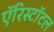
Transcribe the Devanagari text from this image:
ऍरिस्टॉटल